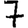
Digit: 7